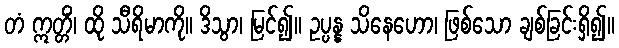
တံ ဣတ္တိံ၊ ထို သီရိမာကို။ ဒိသွာ၊ မြင်၍။ ဥပ္ပန္န သိနေဟော၊ ဖြစ်သော ချစ်ခြင်းရှိ၍။